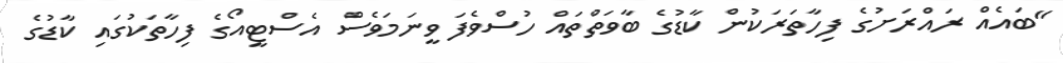
"ބައެއް ރައްރަށުގެ ފިހާތަރަކުން ކާޑުގެ ބާވަތްތައް ހުސްވެފަ ވީނަމަވެސް އެސްޓީއޯގެ ފިހާތަކުގައި ކާޑުގެ